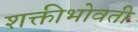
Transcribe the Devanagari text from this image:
शक्तीभोवती